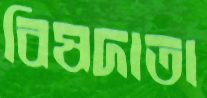
বিষদাতা